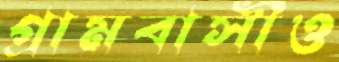
গ্রামবাসীও